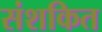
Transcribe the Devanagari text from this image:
संशकित